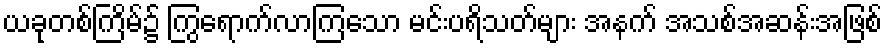
ယခုတစ်ကြိမ်၌ ကြွရောက်လာကြသော မင်းပရိသတ်များ အနက် အသစ်အဆန်းအဖြစ်